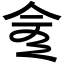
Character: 𠆭